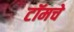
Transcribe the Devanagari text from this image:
टॉमचे